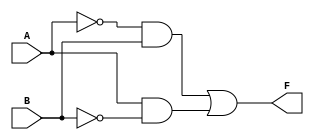
module two_variable_kmap (
    input wire A,
    input wire B,
    output wire F
);

// Truth table based implementation for F(A, B)
// F(0,0) = 0
// F(0,1) = 1
// F(1,0) = 1
// F(1,1) = 0

assign F = (~A & B) | (A & ~B);

endmodule